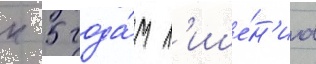
к 5 года́м л'ише́н'иа